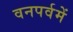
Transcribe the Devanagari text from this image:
वनपर्वमें